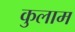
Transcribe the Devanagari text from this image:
कुलाम